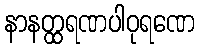
နာနတ္ထရဏပါဝုရဏေ